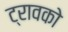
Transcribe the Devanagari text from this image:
ट्रावको